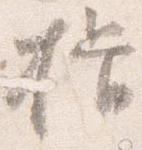
揖